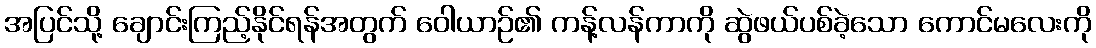
အပြင်သို့ ချောင်းကြည့်နိုင်ရန်အတွက် ဝေါယာဉ်၏ ကန့်လန်ကာကို ဆွဲဖယ်ပစ်ခဲ့သော ကောင်မလေးကို